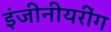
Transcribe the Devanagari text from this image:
इंजीनीयरींग